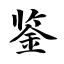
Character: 鉴